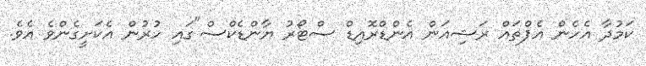
ކަމުދާ އެހެން އެޕްތައް ރަޝިއަން އެންޑްރޮއިޑް ސްޓޯރު ޔާންޑެކްސް"ގައި ހުރުން އެކަށީގެންވެ އެވެ.